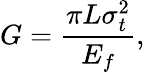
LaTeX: G=\frac{\pi L\sigma_{t}^{2}}{E_{f}},